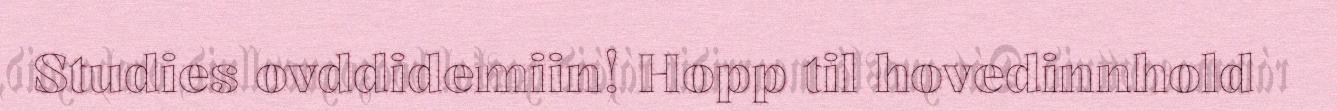
Studies ovddidemiin! Hopp til hovedinnhold